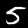
Digit: 5